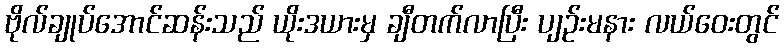
ဗိုလ်ချုပ်အောင်ဆန်းသည် ယိုးဒယားမှ ချီတက်လာပြီး ပျဉ်းမနား လယ်ဝေးတွင်